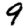
Digit: 9